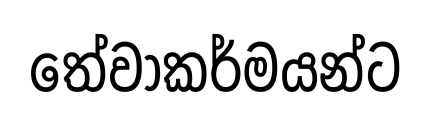
තේවාකර්මයන්ට